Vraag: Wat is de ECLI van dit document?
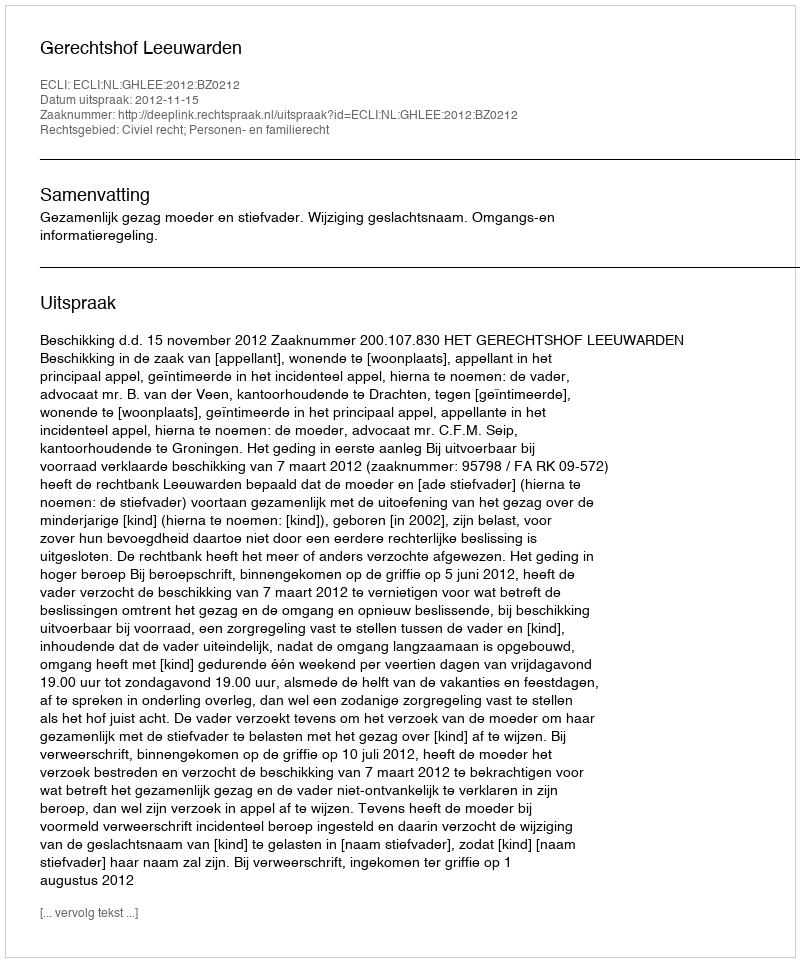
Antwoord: ECLI:NL:GHLEE:2012:BZ0212